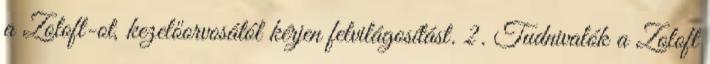
a Zoloft-ot, kezelőorvosától kérjen felvilágosítást. 2. Tudnivalók a Zoloft